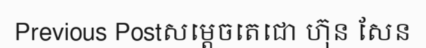
Previous Postសម្តេចតេជោ ហ៊ុន សែន